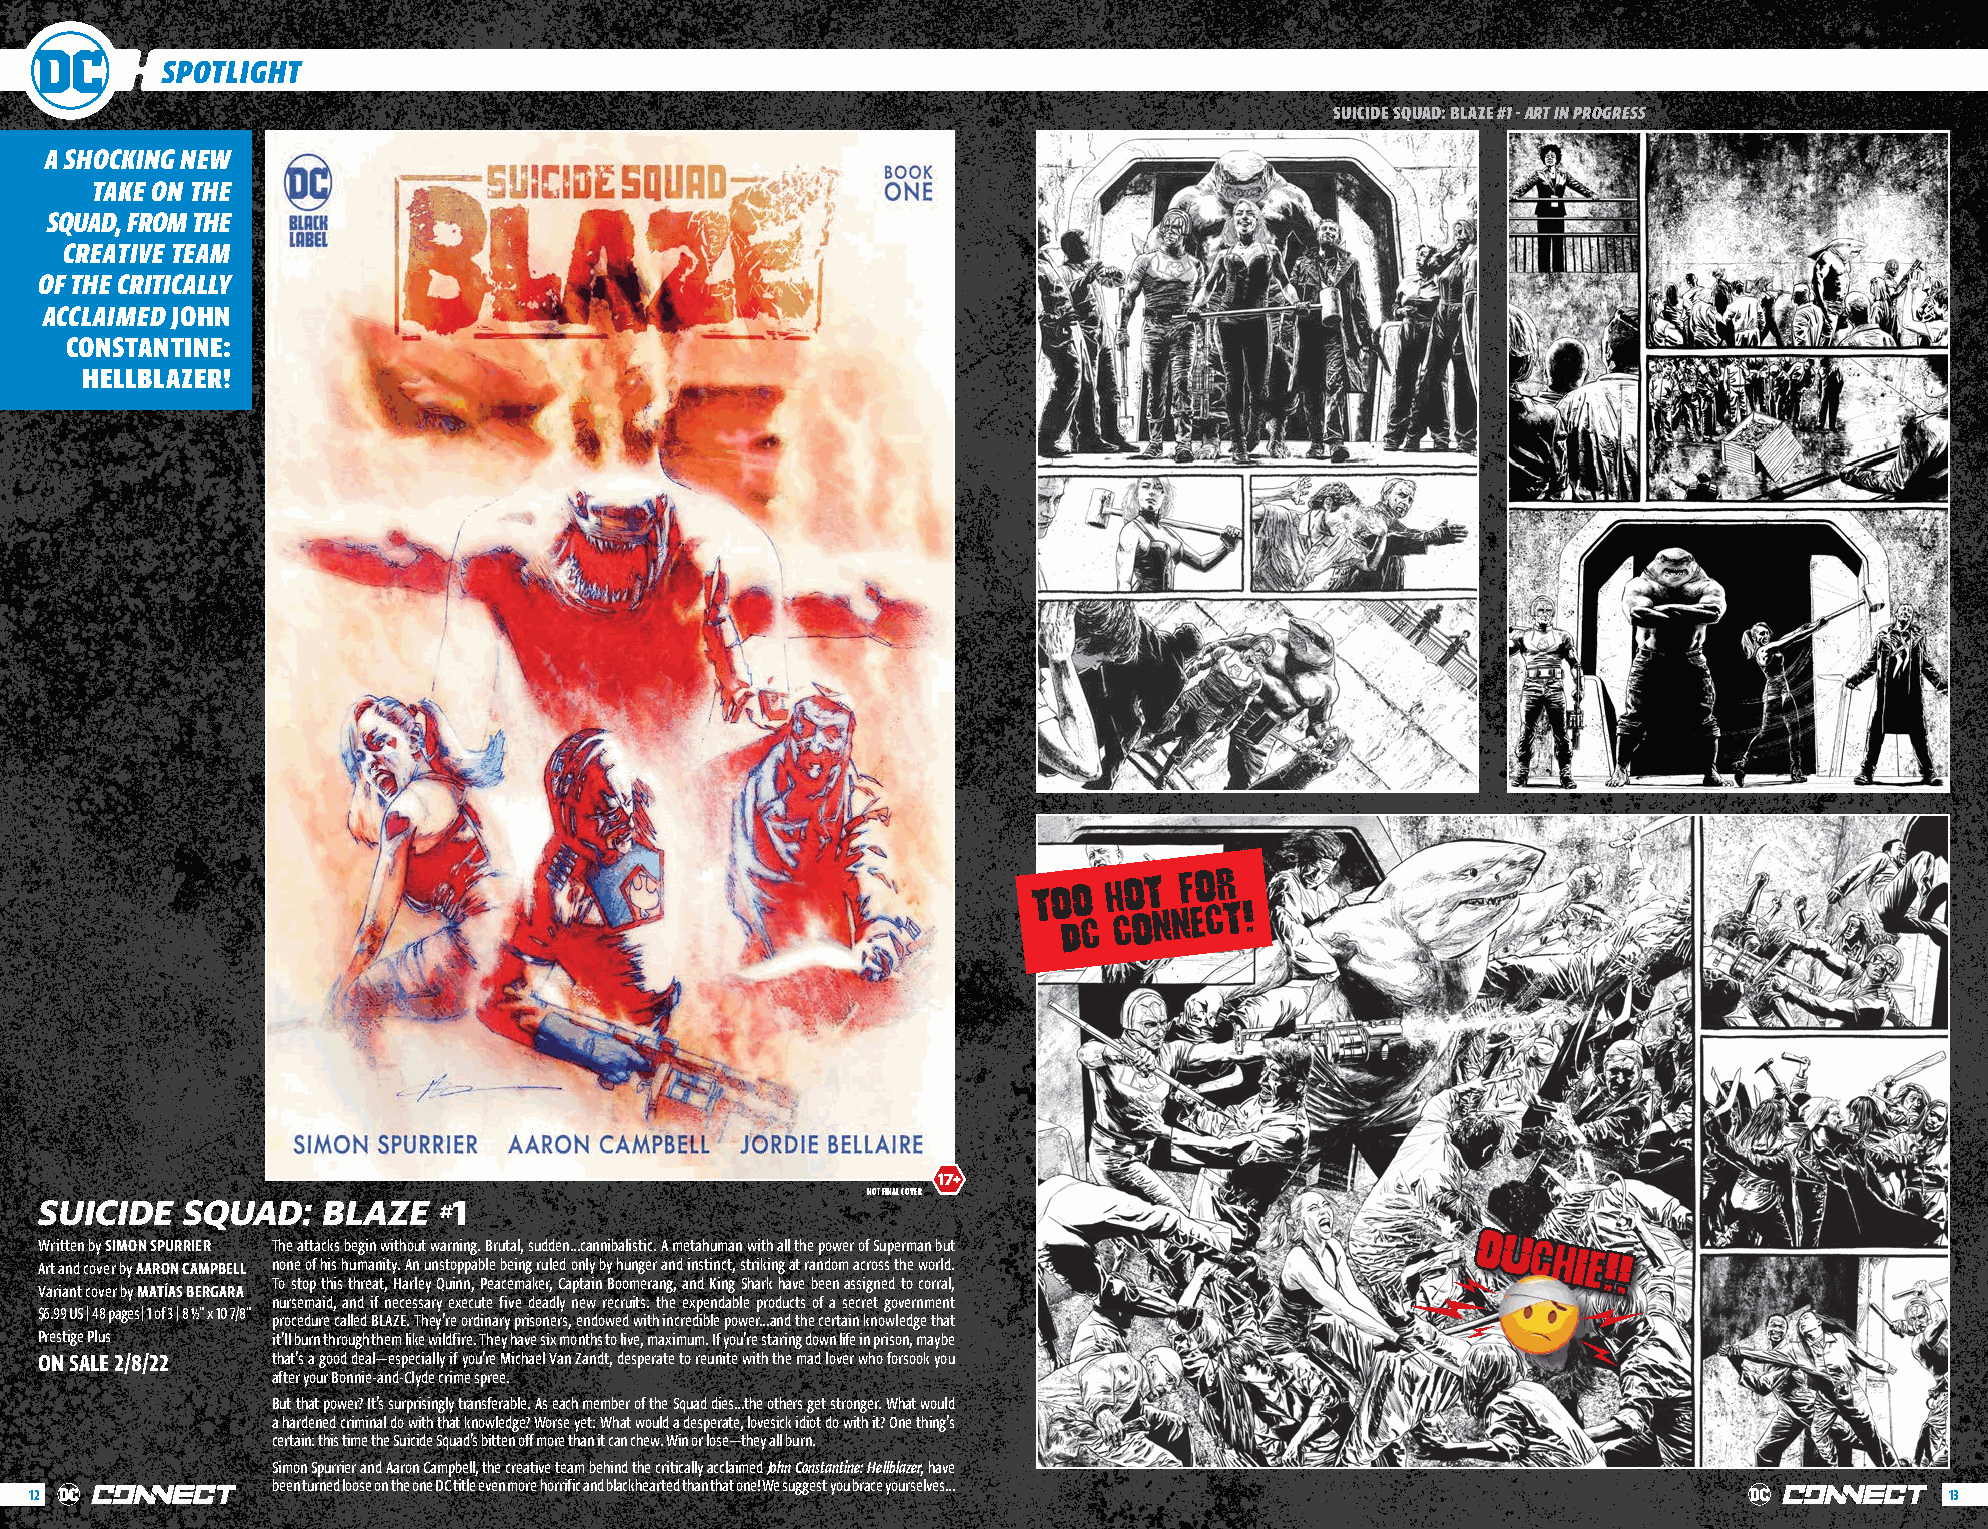
SPOTLIGHT
 SUICIDE SQUAD: BLAZE #1 - ART IN PROGRESS
 A SHOCKING NEW
 TAKE ON THE
 SQUAD, FROM THE
 CREATIVE TEAM
 OF THE CRITICALLY
 ACCLAIMED JOHN
 CONSTANTINE:
 HELLBLAZER!
 TOO
 HOT
 FOR
 DC
 CONNECT!
 1177++
 NOT FINAL COVER
 SUICIDE  SQUAD:   BLAZE    1
 #
 W Arr
 t
 i att ne dn
 c
 b oy
 v
 eS rI M byO AN
 A
 S RP OU NR CR AIE MR
 PBELL
 T nh one ea t ot fa hck iss hb ue mgi an
 n
 w iti yt .h Ao nu t
 u
 w nsa tr on pin pg a.
 b
 B ler u bt ea il n, gs u rd ud lee dn … onc la yn bn yib ha uli nst gi ec r. A
 a
 nm de it na sh tu inm cta ,n
 s
 tw rii kth
 in
 a gl l
 a
 t th re
 a
 np do ow mer ao cf
 r
 oS su sp e thrm
 e
 a wn
 o
 b rlu dt
 .
 OOUUCCHHIIEE!!!!
 To stop this threat, Harley Quinn, Peacemaker, Captain Boomerang, and King Shark have been assigned to corral,
 Variant cover by MATÍAS BERGARA
 nursemaid, and if necessary execute five deadly new recruits: the expendable products of a secret government
 $6.99 US | 48 pages | 1 of 3 | 8 ½" x 10 7/8"
 procedure called BLAZE. They’re ordinary prisoners, endowed with incredible power…and the certain knowledge that
 Prestige Plus  it’ll burn through them like wildfire. They have six months to live, maximum. If you’re staring down life in prison, maybe
 ON SALE 2/8/22 that’s a good deal—especially if you’re Michael Van Zandt, desperate to reunite with the mad lover who forsook you
 after your Bonnie-and-Clyde crime spree.
 But that power? It’s surprisingly transferable. As each member of the Squad dies…the others get stronger. What would
 a hardened criminal do with that knowledge? Worse yet: What would a desperate, lovesick idiot do with it? One thing’s
 certain: this time the Suicide Squad’s bitten off more than it can chew. Win or lose—they all burn.
 Simon Spurrier and Aaron Campbell, the creative team behind the critically acclaimed John Constantine: Hellblazer, have
 been turned loose on the one DC title even more horrific and blackhearted than that one! We suggest you brace yourselves…
 12                                                                                                                             13